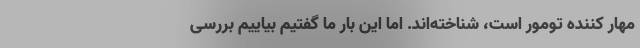
مهار کننده تومور است، شناخته‌اند. اما این بار ما گفتیم بیاییم بررسی